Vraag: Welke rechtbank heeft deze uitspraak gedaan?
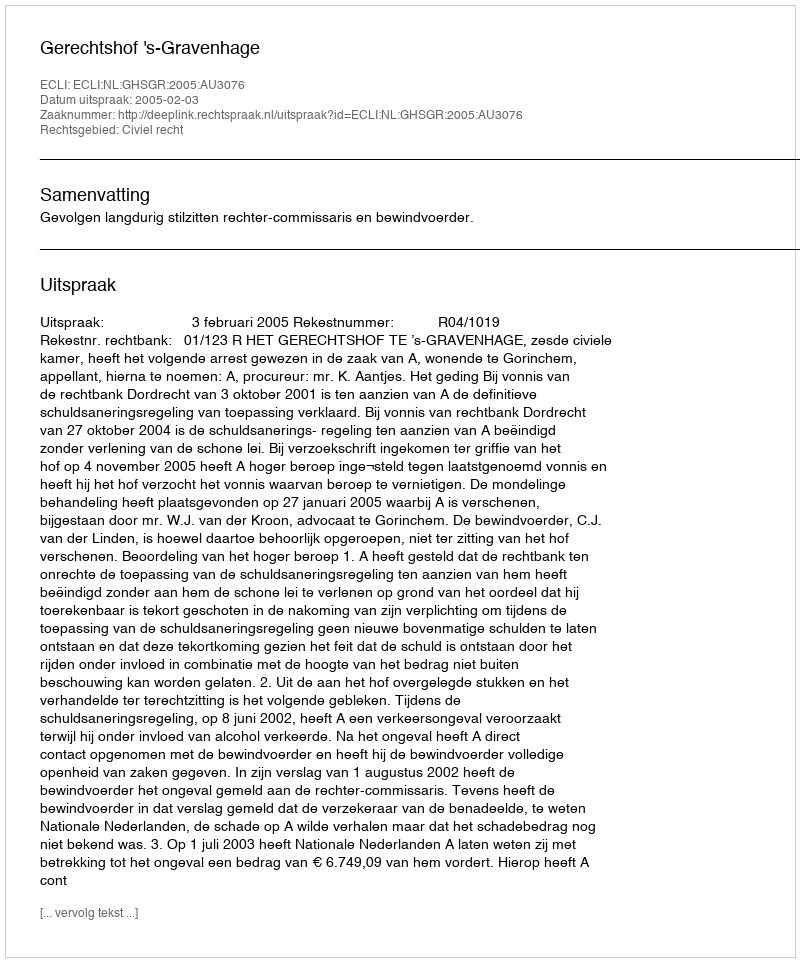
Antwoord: Gerechtshof 's-Gravenhage